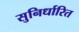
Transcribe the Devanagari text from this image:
सुनिर्धारित